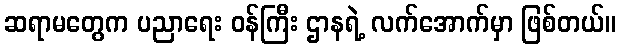
ဆရာမတွေက ပညာရေး ဝန်ကြီး ဌာနရဲ့ လက်အောက်မှာ ဖြစ်တယ်။